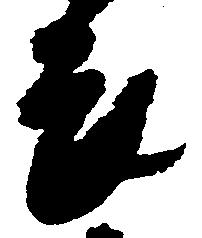
畏